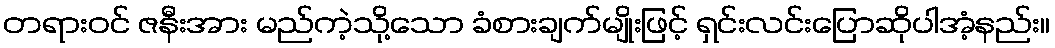
တရားဝင် ဇနီးအား မည်ကဲ့သို့သော ခံစားချက်မျိုးဖြင့် ရှင်းလင်းပြောဆိုပါအံ့နည်း။